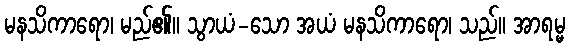
မနသိကာရော၊ မည်၏။ သွာယံ-သော အယံ မနသိကာရော၊ သည်။ အာရမ္မ